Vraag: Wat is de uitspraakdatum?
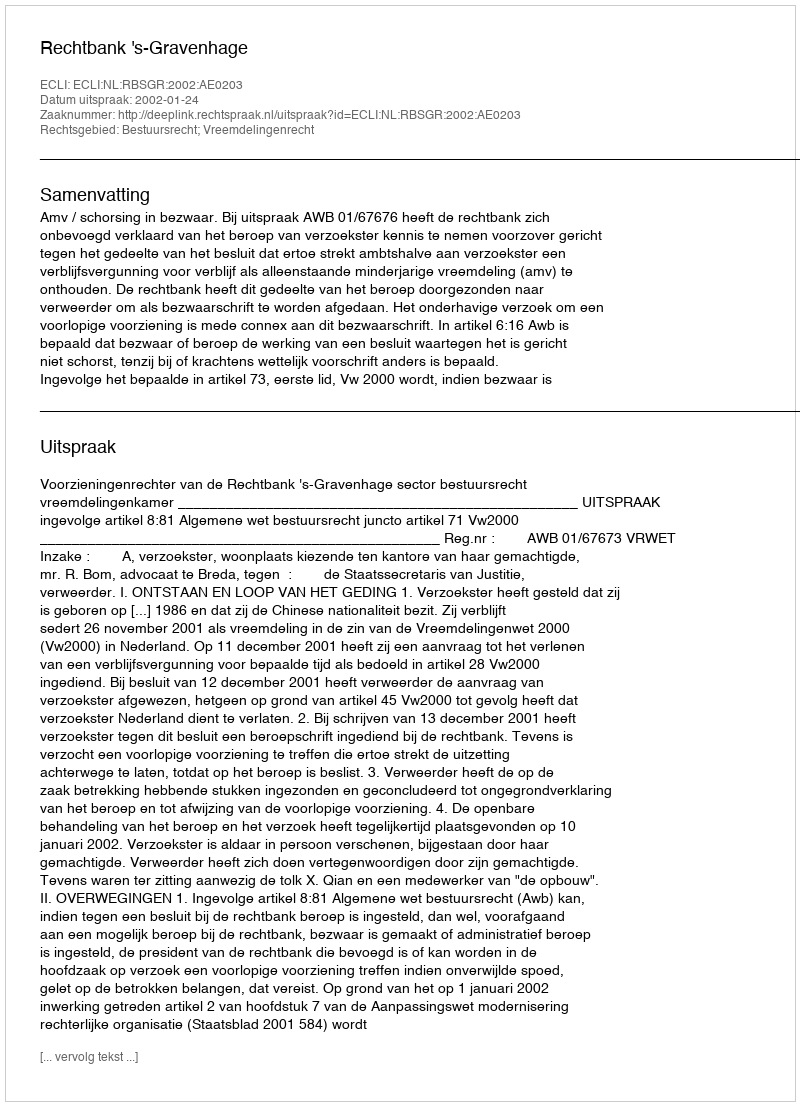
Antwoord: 2002-01-24